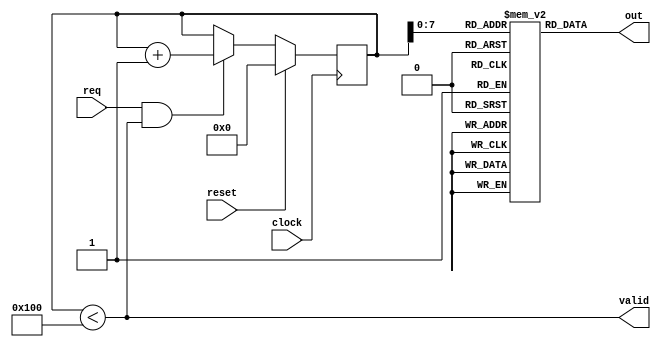
/*
 * Sequental ROM Module
 *
 * Copyright (c) 2021-2022 Alexei A. Smekalkine <ikle@ikle.ru>
 *
 * SPDX-License-Identifier: BSD-2-Clause
 */

`ifndef MEM_ROM_SEQ_V
`define MEM_ROM_SEQ_V  1

module rom_seq #(
	parameter W = 8, FILE = "", SIZE = 256
)(
	input clock, reset, req,
	output valid, output [W-1:0] out
);
	localparam AW = $clog2 (SIZE + 1);

	reg [AW-1:0] index = 0;
	reg [W-1:0] m[0:SIZE-1];

	initial if (FILE != "")
		$readmemh (FILE, m);

	assign out   = m[index];
	assign valid = (index < SIZE);

	always @(posedge clock)
		if (reset)
			index <= 0;
		else
		if (req & valid)
			index <= index + 1;
endmodule

`endif  /* MEM_ROM_SEQ_V */